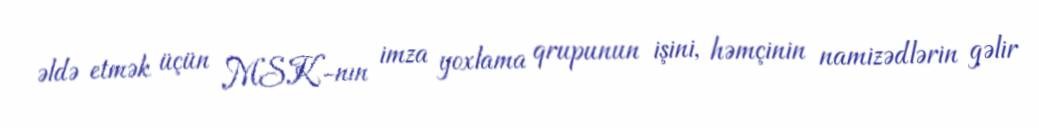
əldə etmək üçün MSK-nın imza yoxlama qrupunun işini, həmçinin namizədlərin gəlir